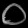
Digit: ၀